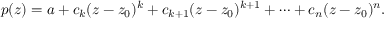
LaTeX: p ( z ) = a + c _ { k } ( z - z _ { 0 } ) ^ { k } + c _ { k + 1 } ( z - z _ { 0 } ) ^ { k + 1 } + \cdots + c _ { n } ( z - z _ { 0 } ) ^ { n } .